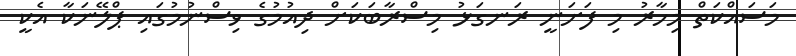
މަސައްކަތް މިހާރު މި ފަށަނީ ރަނގަޅު މިސްރާބަކަށް ދިއުމުގެ ވިސްނުމުގައި ޕްލޭނަކާ އެކީ